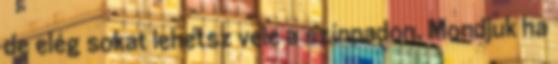
de elég sokat lehetsz vele a színpadon. Mondjuk ha